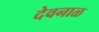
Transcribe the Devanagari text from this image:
देवनाळ